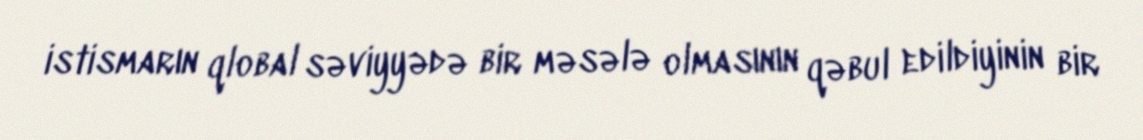
istismarın qlobal səviyyədə bir məsələ olmasının qəbul edildiyinin bir